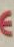
€